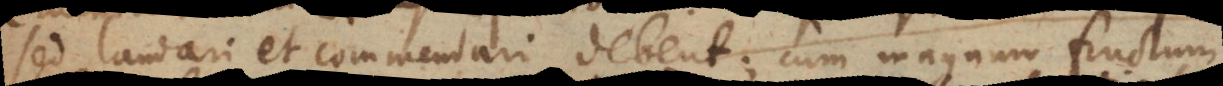
sed laudari et commendari debent; cum magnum fructum